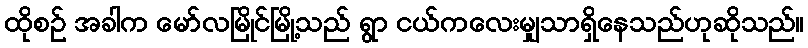
ထိုစဉ် အခါက မော်လမြိုင်မြို့သည် ရွာ ငယ်ကလေးမျှသာရှိနေသည်ဟုဆိုသည်။